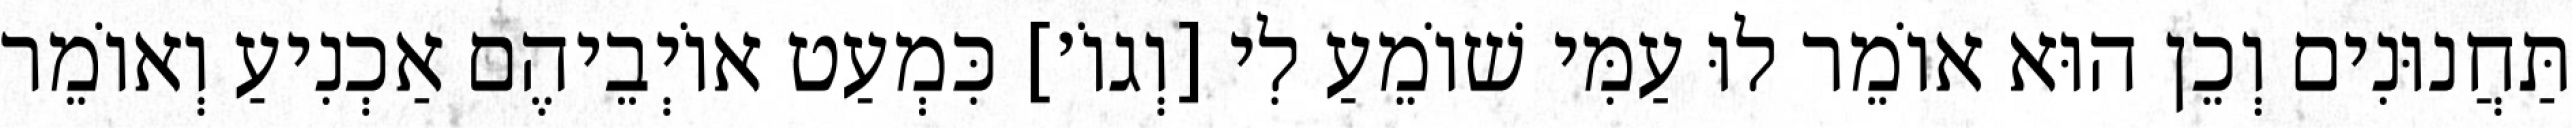
תַּחֲנוּנִים וְכֵן הוּא אוֹמֵר לוּ עַמִּי שׁוֹמֵעַ לִי [וְגוֹ׳] כִּמְעַט אוֹיְבֵיהֶם אַכְנִיעַ וְאוֹמֵר